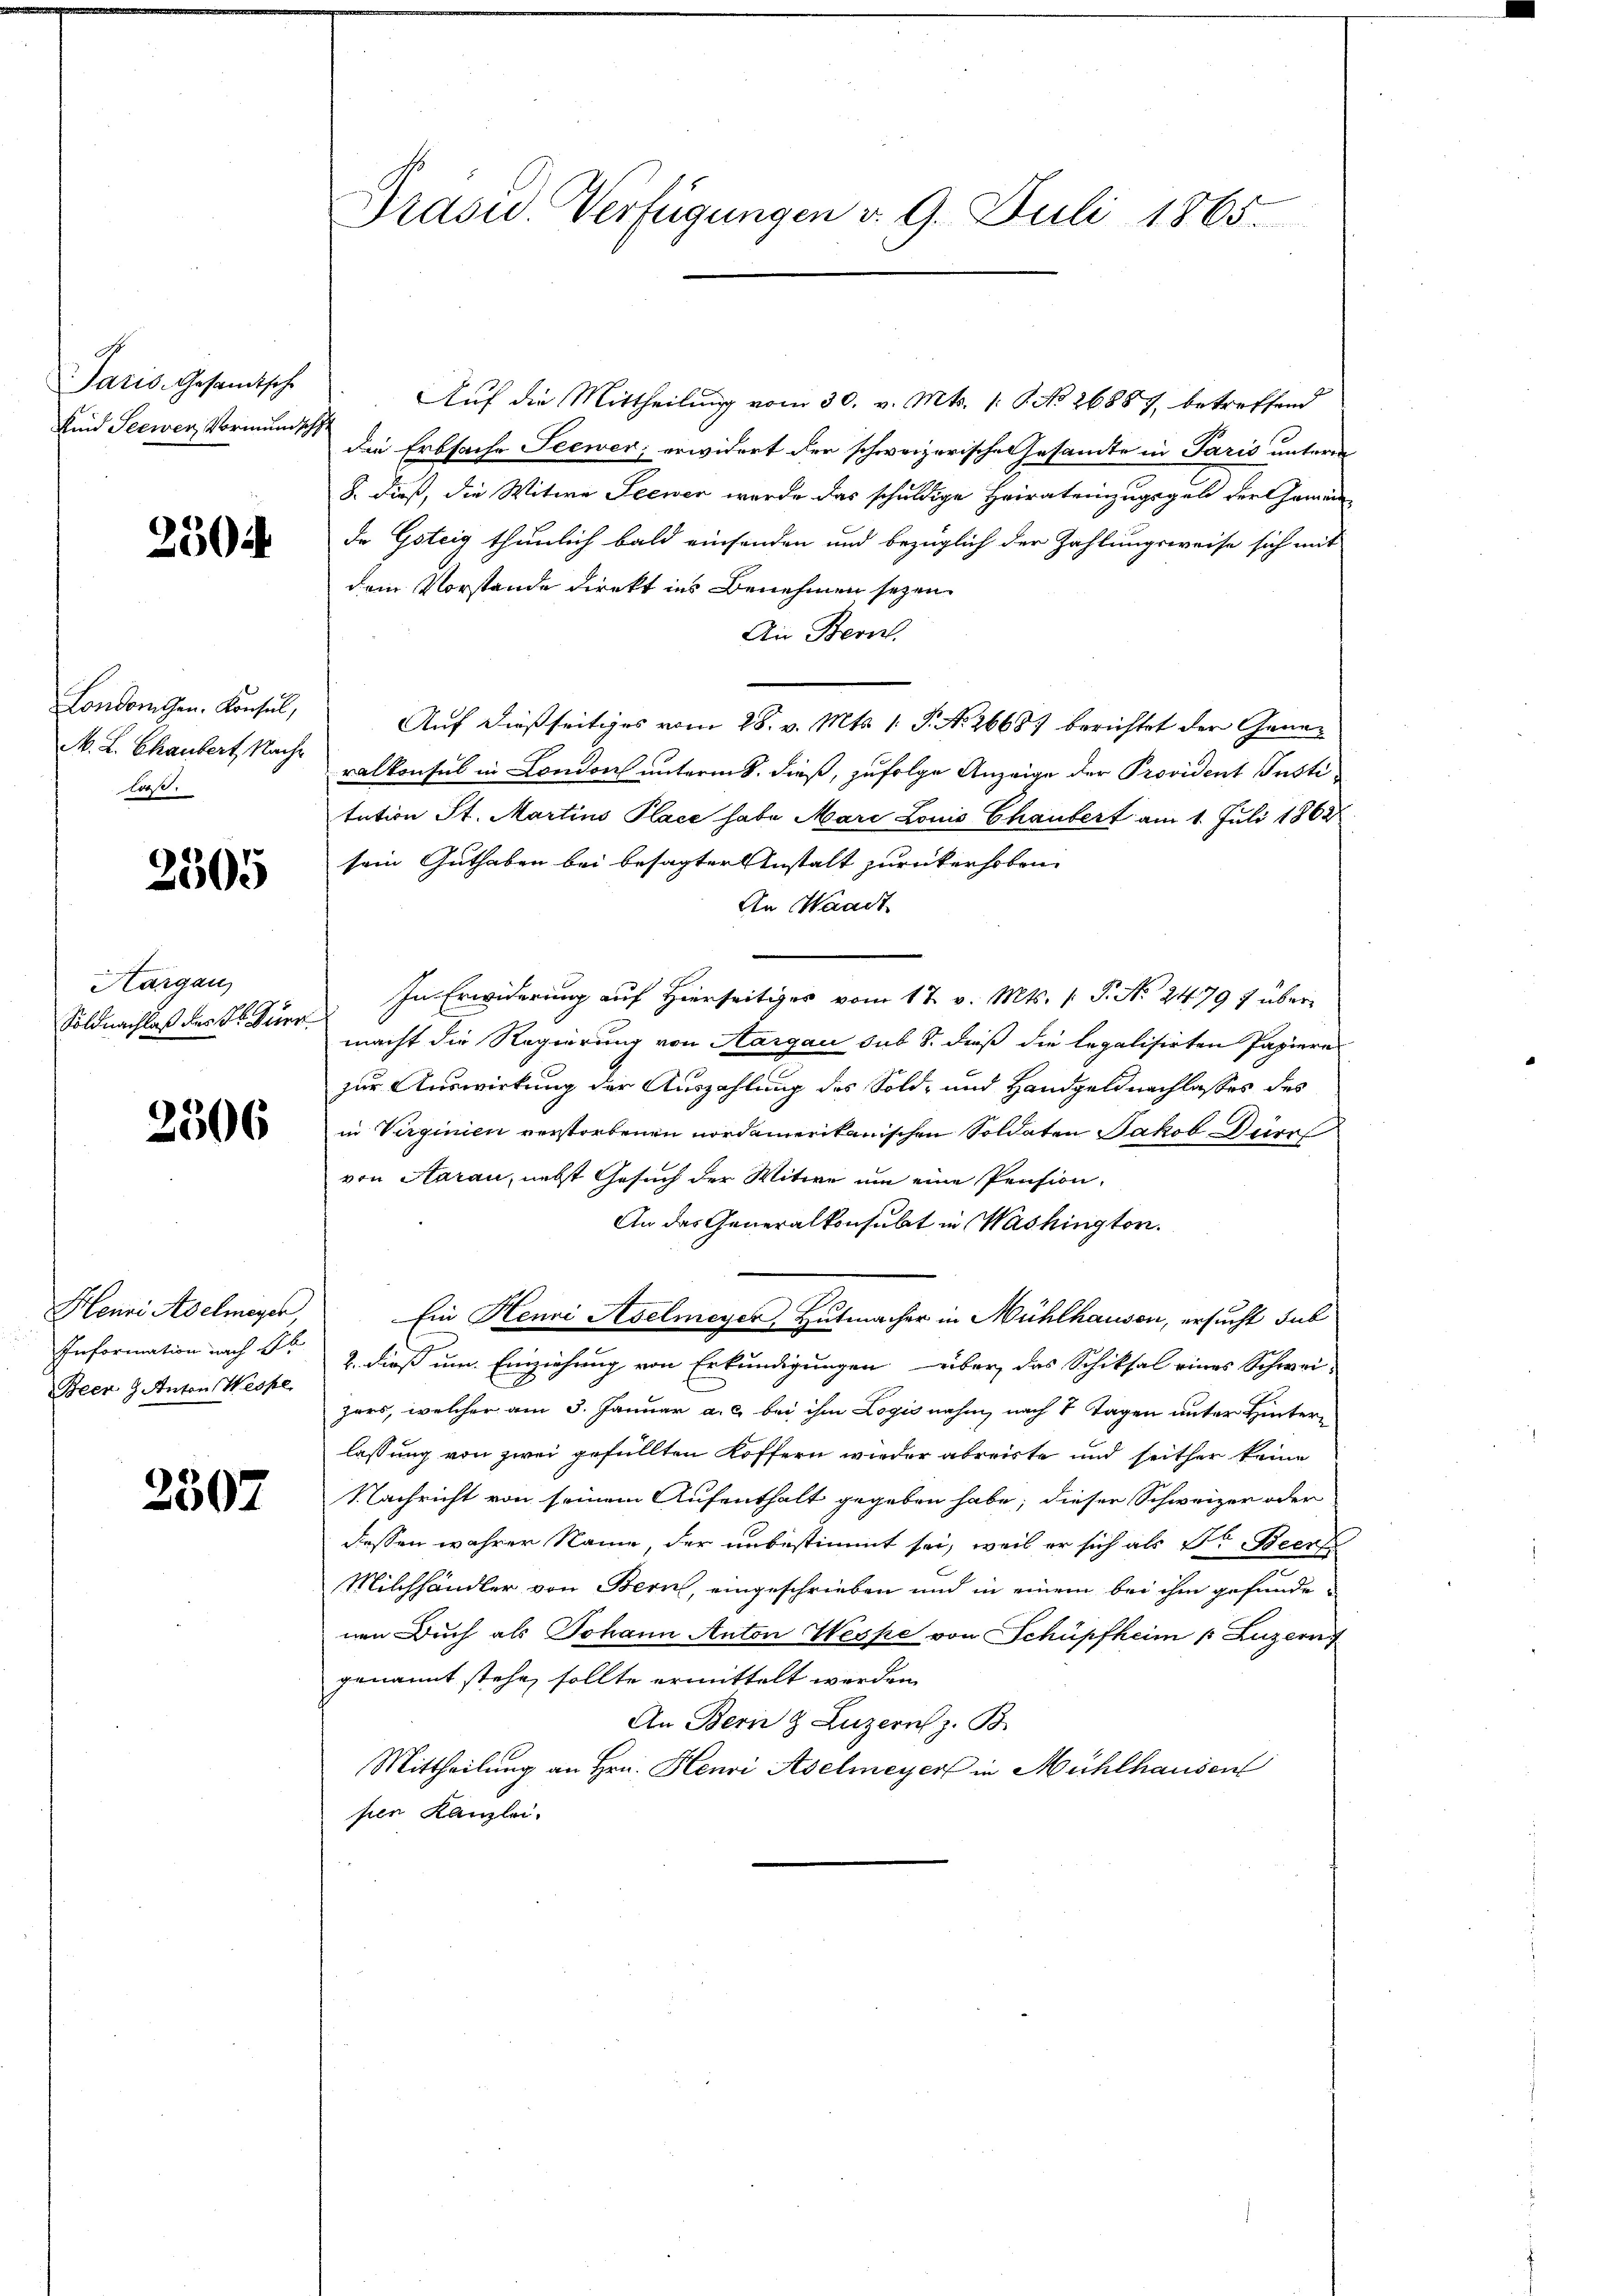
Paris, Gesamtsch
Kind Seewer, Vormundsch

2504

Londomschen. Konsul,
M. L. Chaubert, Nachlaß.

2505

Hargau
Soldnachlaß des Dr. Surr

2506

Henri Adelmeyer,
Information nach Ab
Been 9. Anton Wespe

2307

Präsid Verfügungen d. 9. Juli 1865.

Auf die Mittheilung vom 30. v. Mts. 1. P. No 26887, betreffend
die Erbsache Seewer, erwidert der schweizerische Gesandte in Paris unterm
8. dieß, die Witwe Seewer werde das schuldige Heiratemzugsgeld der Gemein-
de Goteig thunlich bald einsenden und bezüglich der Zahlungsweise sich mit
dem Vorstande direkt ins Benehmen seyen
An Bern.
Auf dießseitiges vom 28. v. Mts. 1. P. No 2668) berichtet der Generalkonsul in London unterm 8. dieß, zufolge Anzeige der Provident Justi
tution St. Martins Place habe Marc Louis Chaubert am 1. Juli 1862
sein Guthaben bei besagter Anstalt zurükerhoben.
An Waadt
In Erwiderung auf Hierseitiges vom 17. v. Mts. s P. Nr. 2479 f übermacht die Regierung von Aargau sub 8. dieß die legalisirten Papiere
zur Auswirkung der Auszahlung des Sold- und Handgeldnachlasses des
in Verginien verstorbenen nordamerikanischen Soldaten Jakob Dürr
von Aarau, nebst Gesuch der Witwe um eine Pension,
An das Generalkonsubt in Washington.
Ein Henri Aselmeyer, Hutmacher in Mühlhausen, ersucht sub
2. dieß um Einziehung von Erkundigungen über das Schiksal eines Schwei-
zers, welcher am 3. Januar a. c. bei ihm Logisnahm, nach 7 Tagen unter Hinterlassung von zwei gefüllten Koffern wieder abreiste und seither keine
Nachricht von seinem Aufenthalt gegeben habe; dieser Schweizer oder
dessen wahrer Name, der unbestimmt sei, weil er sich als Dr Beer
Milchhändler von Bern, eingeschrieben und in einem bei ihm gefundenen Buch als Johann Anton Wespe von Schüpfheim (Luzern,
genannt stehe, sollte ermittelt worden
An Bern & Luzern z. B.
Mittheilung an Hrn. Henri Adelmeyer in Mühlhausen
sen Kanzlei.